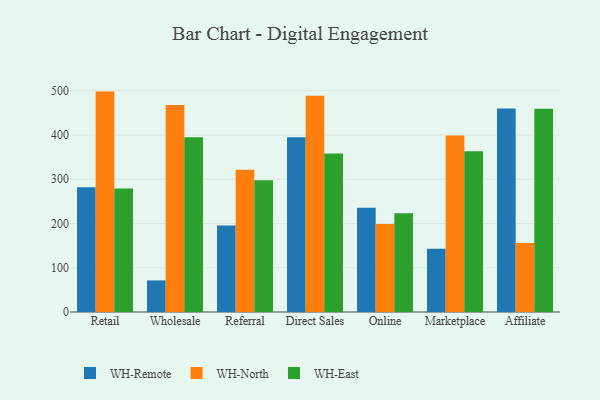
{"axis": {"x": "Channel", "y": "Operating Costs (USD K)"}, "legend": ["WH-East", "WH-North", "WH-Remote"], "data": [{"x": "Retail", "y": 281.9, "type": "WH-Remote"}, {"x": "Retail", "y": 498.0, "type": "WH-North"}, {"x": "Retail", "y": 279.0, "type": "WH-East"}, {"x": "Wholesale", "y": 71.3, "type": "WH-Remote"}, {"x": "Wholesale", "y": 467.6, "type": "WH-North"}, {"x": "Wholesale", "y": 394.8, "type": "WH-East"}, {"x": "Referral", "y": 195.2, "type": "WH-Remote"}, {"x": "Referral", "y": 321.6, "type": "WH-North"}, {"x": "Referral", "y": 297.7, "type": "WH-East"}, {"x": "Direct Sales", "y": 394.9, "type": "WH-Remote"}, {"x": "Direct Sales", "y": 488.4, "type": "WH-North"}, {"x": "Direct Sales", "y": 357.9, "type": "WH-East"}, {"x": "Online", "y": 235.3, "type": "WH-Remote"}, {"x": "Online", "y": 198.8, "type": "WH-North"}, {"x": "Online", "y": 223.2, "type": "WH-East"}, {"x": "Marketplace", "y": 143.0, "type": "WH-Remote"}, {"x": "Marketplace", "y": 398.7, "type": "WH-North"}, {"x": "Marketplace", "y": 363.5, "type": "WH-East"}, {"x": "Affiliate", "y": 459.9, "type": "WH-Remote"}, {"x": "Affiliate", "y": 155.8, "type": "WH-North"}, {"x": "Affiliate", "y": 459.3, "type": "WH-East"}]}